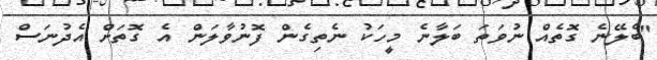
"ބެލޭނެ ގޮތެއް ނުވަތަ ބަލާނެ މީހަކު ނެތިގެން ފޮނުވާލަން އެ ގޮތަށް އެދުނަސް